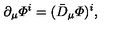
\partial _ { \mu } { \mit \Phi } ^ { i } = ( \bar { D } _ { \mu } { \mit \Phi } ) ^ { i } ,